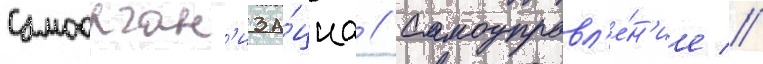
Самоорган'иза́циа // Самоуправл'е́н'ие //